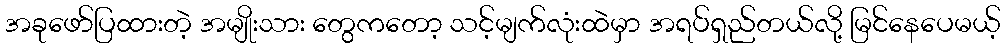
အခုဖော်ပြထားတဲ့ အမျိုးသား တွေကတော့ သင့်မျက်လုံးထဲမှာ အရပ်ရှည်တယ်လို့ မြင်နေပေမယ့်